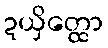
ဍယှိတ္ထော